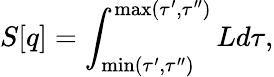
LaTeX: S[q]=\int_{\operatorname*{min}(\tau^{\prime},\tau^{\prime\prime})}^{\operatorname*{max}(\tau^{\prime},\tau^{\prime\prime})}Ld\tau,